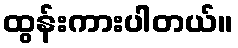
ထွန်းကားပါတယ်။